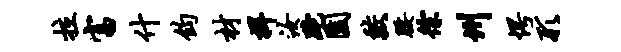
拉富什钧材捍汝跎园较腰徐州愕形